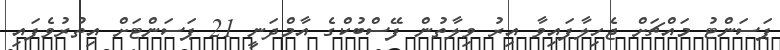
ޕަސަންޓު މައްޗަށް ޖެހިލާފައިވާ އިރު ވިލާތުން ފޭސްބުކްގެ އާމްދަނީ 21 ޕަސަންޓަށް އިތުރުވެފައި